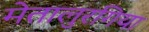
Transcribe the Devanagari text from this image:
मेतालुरगिया